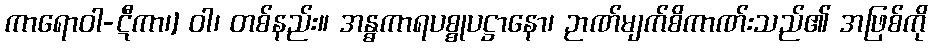
ကာရောဝါ-ဋီကာ၊] ဝါ၊ တစ်နည်း။ အန္ဓကာရပစ္စုပဋ္ဌာနော၊ ဉာဏ်မျက်စိကာဏ်းသည်၏ အဖြစ်ကို